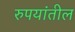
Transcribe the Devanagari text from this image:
रुपयांतील